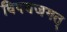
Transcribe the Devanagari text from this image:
विषयजगत्